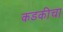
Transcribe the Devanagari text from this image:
कडकीचा